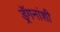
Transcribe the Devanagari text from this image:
ड्रॅगनांशी